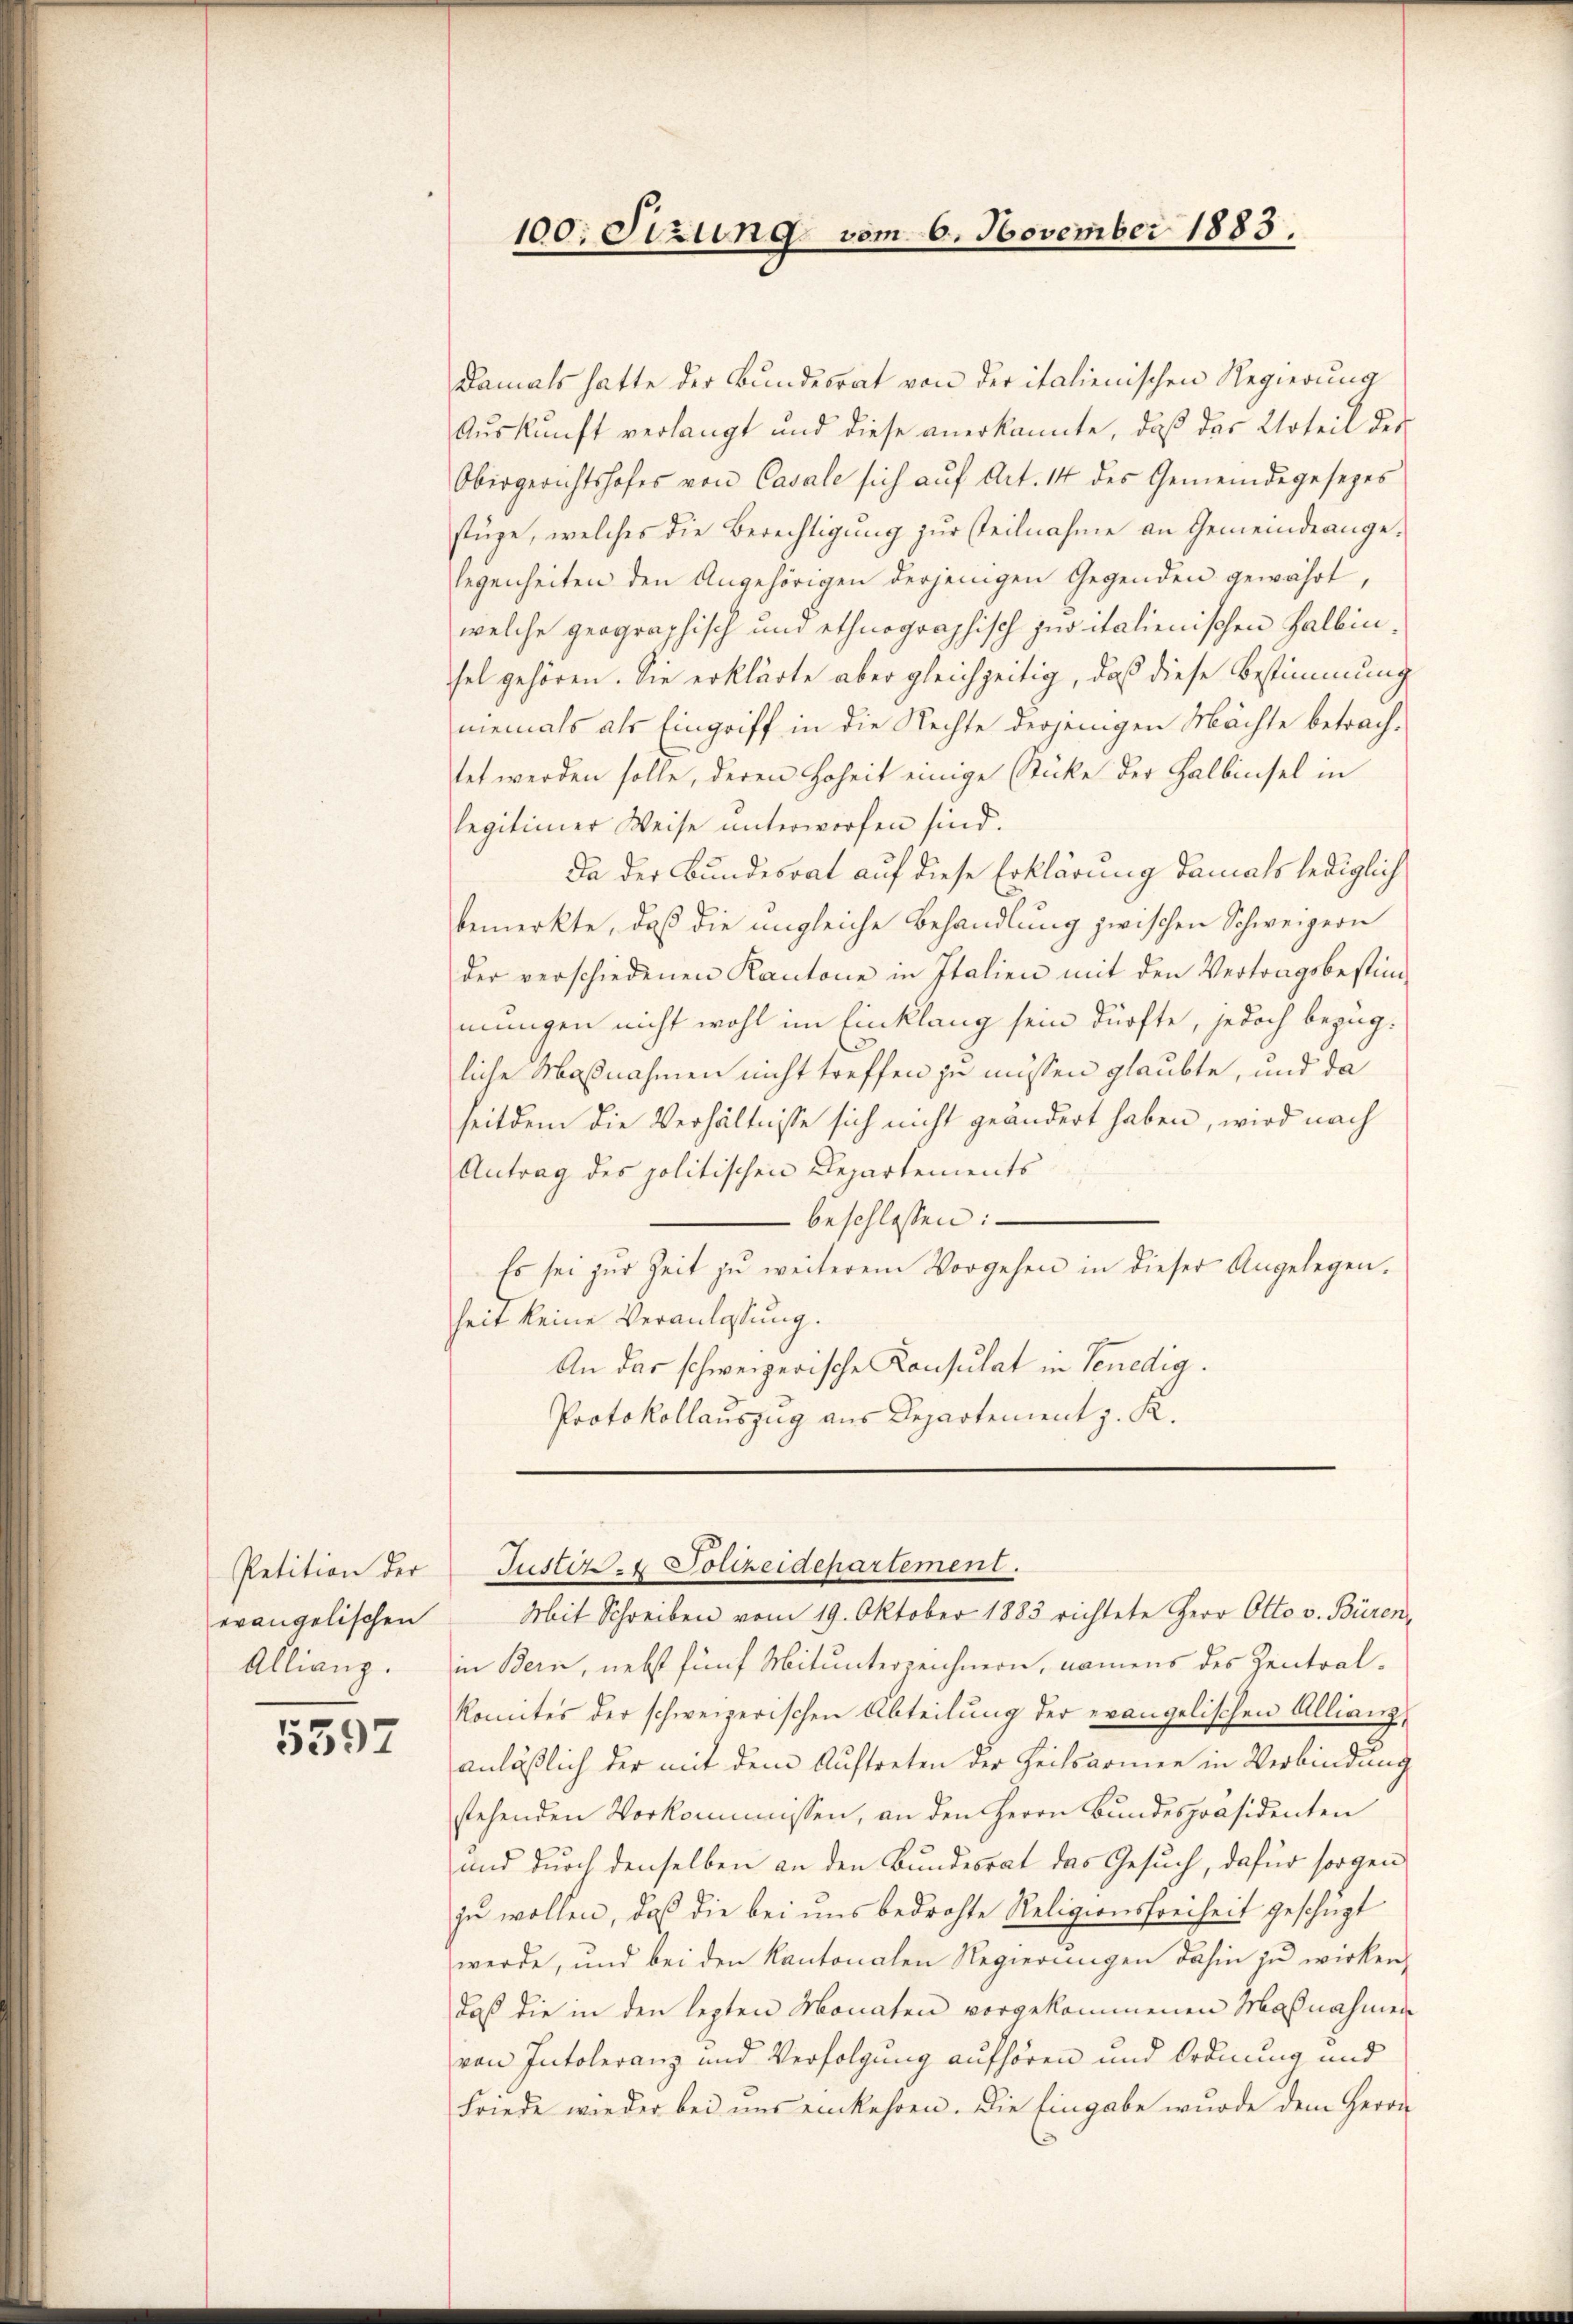
Petition der
evangelischen

5597

Damals hatte der Bundesrat von der italienischen Regierung
Auskunft verlangt und diese anerkannte, daß das Urteil der
Obergerichtshofes von Casale sich auf Art. 14 des Gemeindegesezes
stüge, welches die Berechtigung zur steilnahme an Gemeindeangelegenheiten den Angehörigen derjenigen Gegenden gewährt,
welche geographisch und ethnographisch juritalienischen Halbinsel gehören. Sie erklärte aber gleichzeitig, daß diese Bestimmung
niemals als Eingriff in die Rechte derjenigen Mächte betrachtet werden solle, deren Hoheit einige Stücke der Halbinsel in
legitimer Weise unterworfen sind.
Da der Bundesrat auf diese Erklärung damals lediglich
bemerkte, daß die ungleiche Behandlung zwischen Schweigern
der verschiedenen Kantone in Italien mit den Vertragsbestimmungen nicht wohl im Einklang sein dürfte, jedoch bezügliche Maßnahmen nicht treffen zu müssen glaubte, und da
seitdem die Verhältnisse sich nicht geändert haben, wird nach
Antrag des politischen Departements
- beschlossen:
Es sei zur Zeit zu weiterem Vorgehen in dieser Angelegenheit keine Veranlassung.
An das schweizerische Konsulat in Senedig.
Protokollauszug aus Departement z. K.

100; Sizung vom 6. November 1883.

Justiz- & Polizeidepartement.

Mit Schreiben vom 19. Oktober 1883 richtete Herr Otto v. Büren,
Allianz. in Bern, nebst fünf Mitunterzeichnern, namens des Zentralkomites der schweizerischen Abteilung der evangelischen Allianz,
anläßlich der mit dem Auftreten der Heilsarmen in Verbindung
stehenden Vorkommissen, an den Herrn Bundespräsidenten
und durch denselben an den Bundesrat das Gesuch, dafür sorgen
zu wollen, daß die bei uns bedrohte Religionsfreiheit geschüzt
werde, und bei den Kantonalen Regierungen dahin zu wirken,
daß die in den lezten Monaten vorgekommenen Maßnahmen
von Intoleranz und Verfolgung aufhören und Ordnung und
Friede wieder bei uns einkehren. Die Eingabe wurde dem Herrn